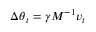
\Delta \boldsymbol { \theta } _ { t } = \gamma \boldsymbol { M } ^ { - 1 } \boldsymbol { v } _ { t }